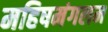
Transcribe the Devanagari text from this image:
महिषमंगलम